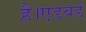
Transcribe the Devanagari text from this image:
है।एडवर्ड